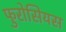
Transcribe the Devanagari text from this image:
फुरोसियस